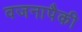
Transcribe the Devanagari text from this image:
वजनापैकी